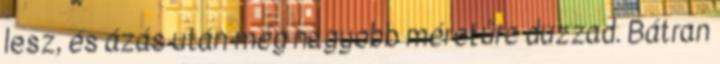
lesz, és ázás után még nagyobb méretűre duzzad. Bátran